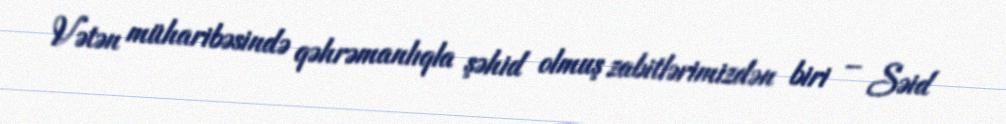
Vətən müharibəsində qəhrəmanlıqla şəhid olmuş zabitlərimizdən biri – Səid